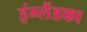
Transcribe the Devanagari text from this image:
इंग्लैंडका